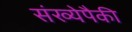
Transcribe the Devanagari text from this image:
संख्येपैकी